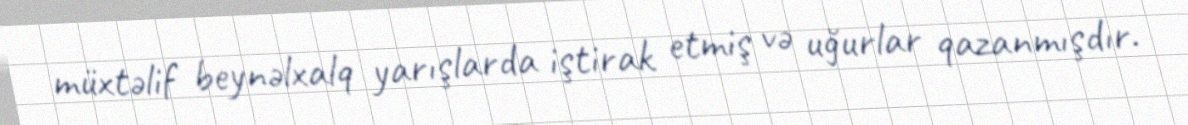
müxtəlif beynəlxalq yarışlarda iştirak etmiş və uğurlar qazanmışdır.